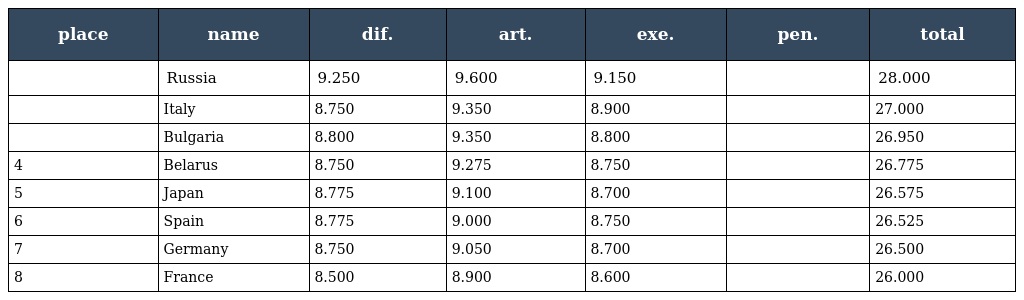
| place | name | dif. | art. | exe. | pen. | total |
 | --- | --- | --- | --- | --- | --- | --- |
 |  | Russia | 9.250 | 9.600 | 9.150 |  | 28.000 |
 |  | Italy | 8.750 | 9.350 | 8.900 |  | 27.000 |
 |  | Bulgaria | 8.800 | 9.350 | 8.800 |  | 26.950 |
 | 4 | Belarus | 8.750 | 9.275 | 8.750 |  | 26.775 |
 | 5 | Japan | 8.775 | 9.100 | 8.700 |  | 26.575 |
 | 6 | Spain | 8.775 | 9.000 | 8.750 |  | 26.525 |
 | 7 | Germany | 8.750 | 9.050 | 8.700 |  | 26.500 |
 | 8 | France | 8.500 | 8.900 | 8.600 |  | 26.000 |